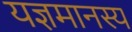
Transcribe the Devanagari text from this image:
यज्ञमानस्य